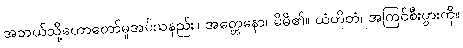
အဘယ်သို့ဟောတော်မူအပ်သနည်း။ အတ္တေနော၊ မိမိ၏။ ယံဟိတံ၊ အကြင်စီးပွားကို။